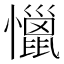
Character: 𰒞